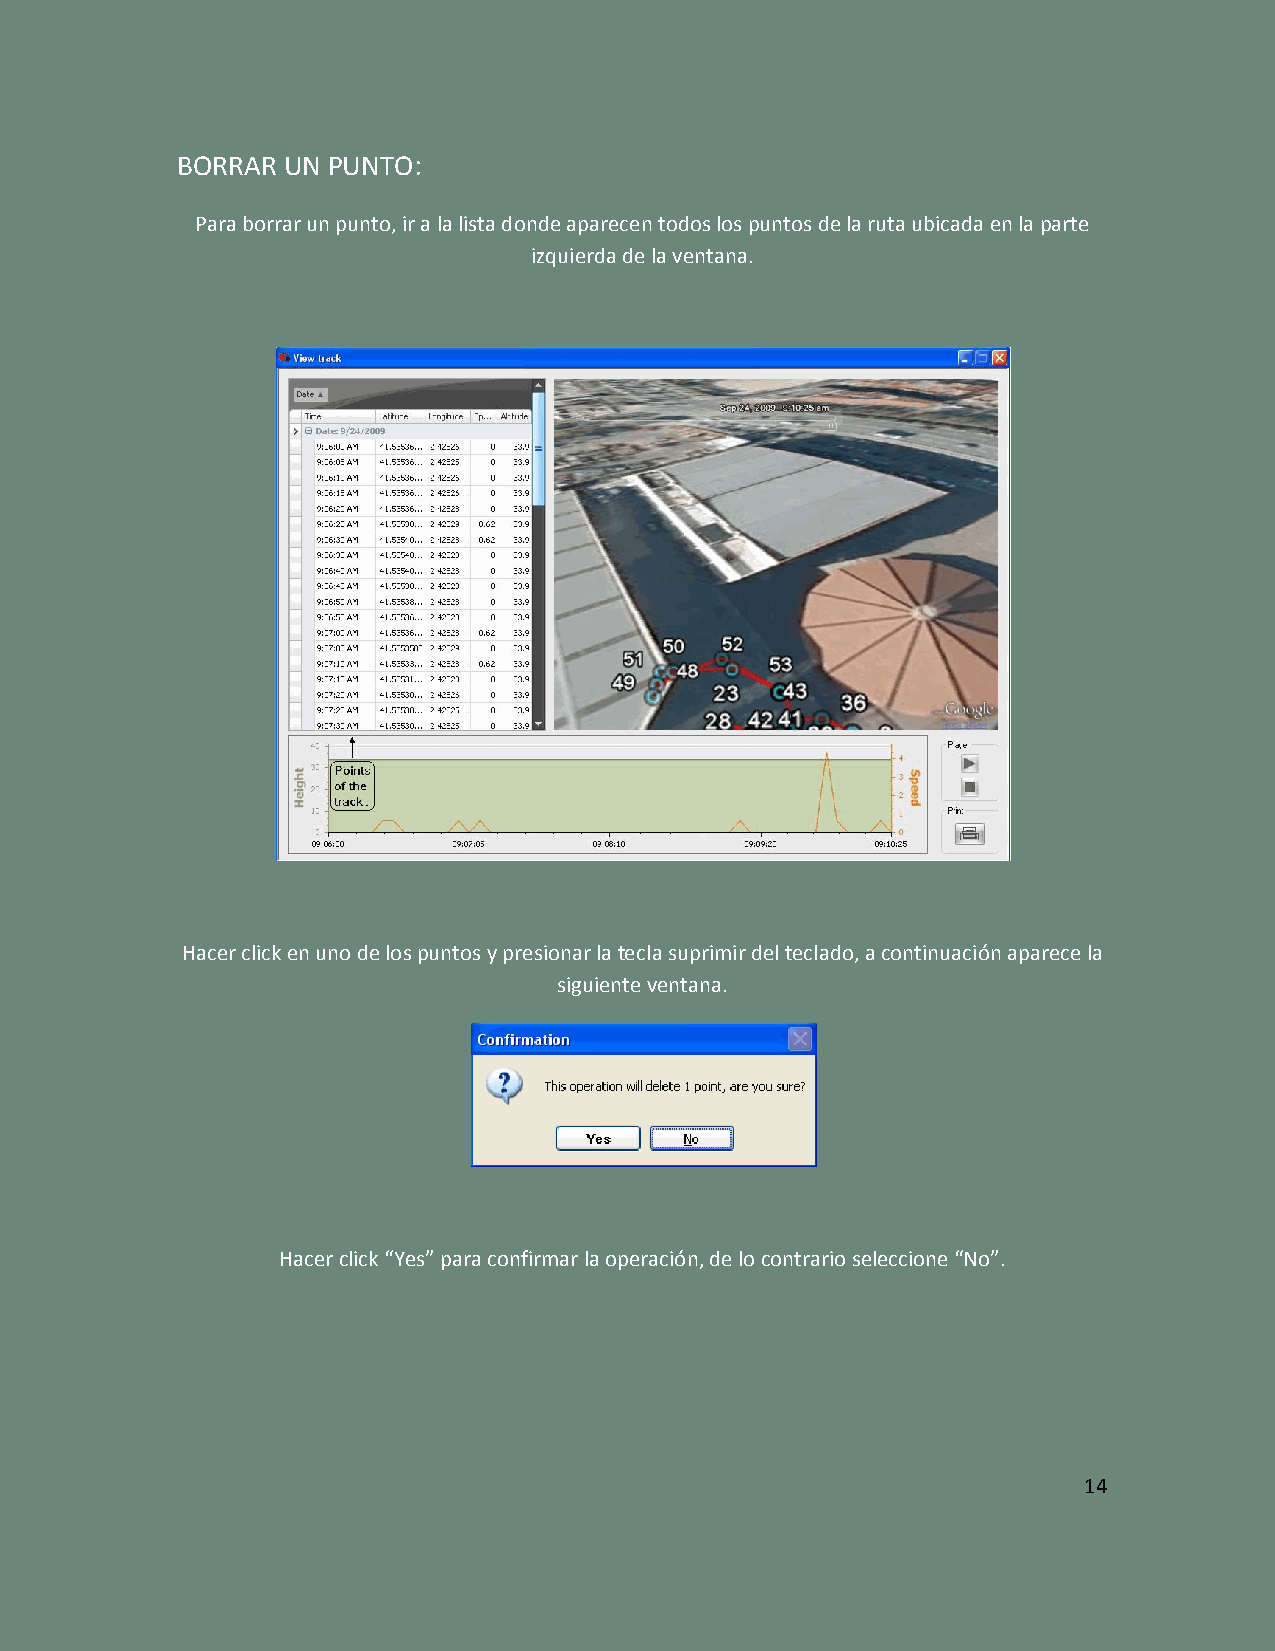
BORRAR UN PUNTO:
 Para borrar un punto, ir a la lista donde aparecen todos los puntos de la ruta ubicada en la parte
 izquierda de la ventana.
 Hacer click en uno de los puntos y presionar la tecla suprimir del teclado, a continuación aparece la
 siguiente ventana.
 Hacer click “Yes” para confirmar la operación, de lo contrario seleccione “No”.
 14